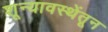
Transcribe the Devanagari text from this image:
शून्यावस्थेंतून